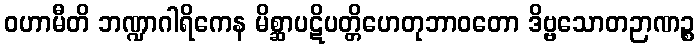
ဝဟာမီတိ ဘဏ္ဍာဂါရိကေန မိစ္ဆာပဋိပတ္တိဟေတုဘာဝတော ဒိဗ္ဗသောတဉာဏဉ္စ